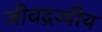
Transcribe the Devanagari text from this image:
जीवद्रव्यीय